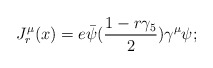
\begin{align*}J^\mu_r (x) = e \bar \psi ({1 - r\gamma_5 \over 2})\gamma^\mu \psi;\end{align*}